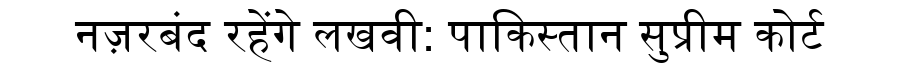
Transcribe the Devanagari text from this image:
नज़रबंद रहेंगे लखवी: पाकिस्तान सुप्रीम कोर्ट